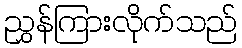
ညွှန်ကြားလိုက်သည်